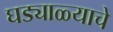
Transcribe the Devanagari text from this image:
घड्याळ्याचे